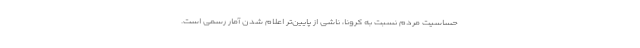
حساسیت مردم نسبت به کرونا، ناشی از پایین‌تر اعلام شدن آمار رسمی است.